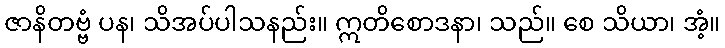
ဇာနိတဗ္ဗံ ပန၊ သိအပ်ပါသနည်း။ ဣတိစောဒနာ၊ သည်။ စေ သိယာ၊ အံ့။